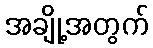
အချို့အတွက်